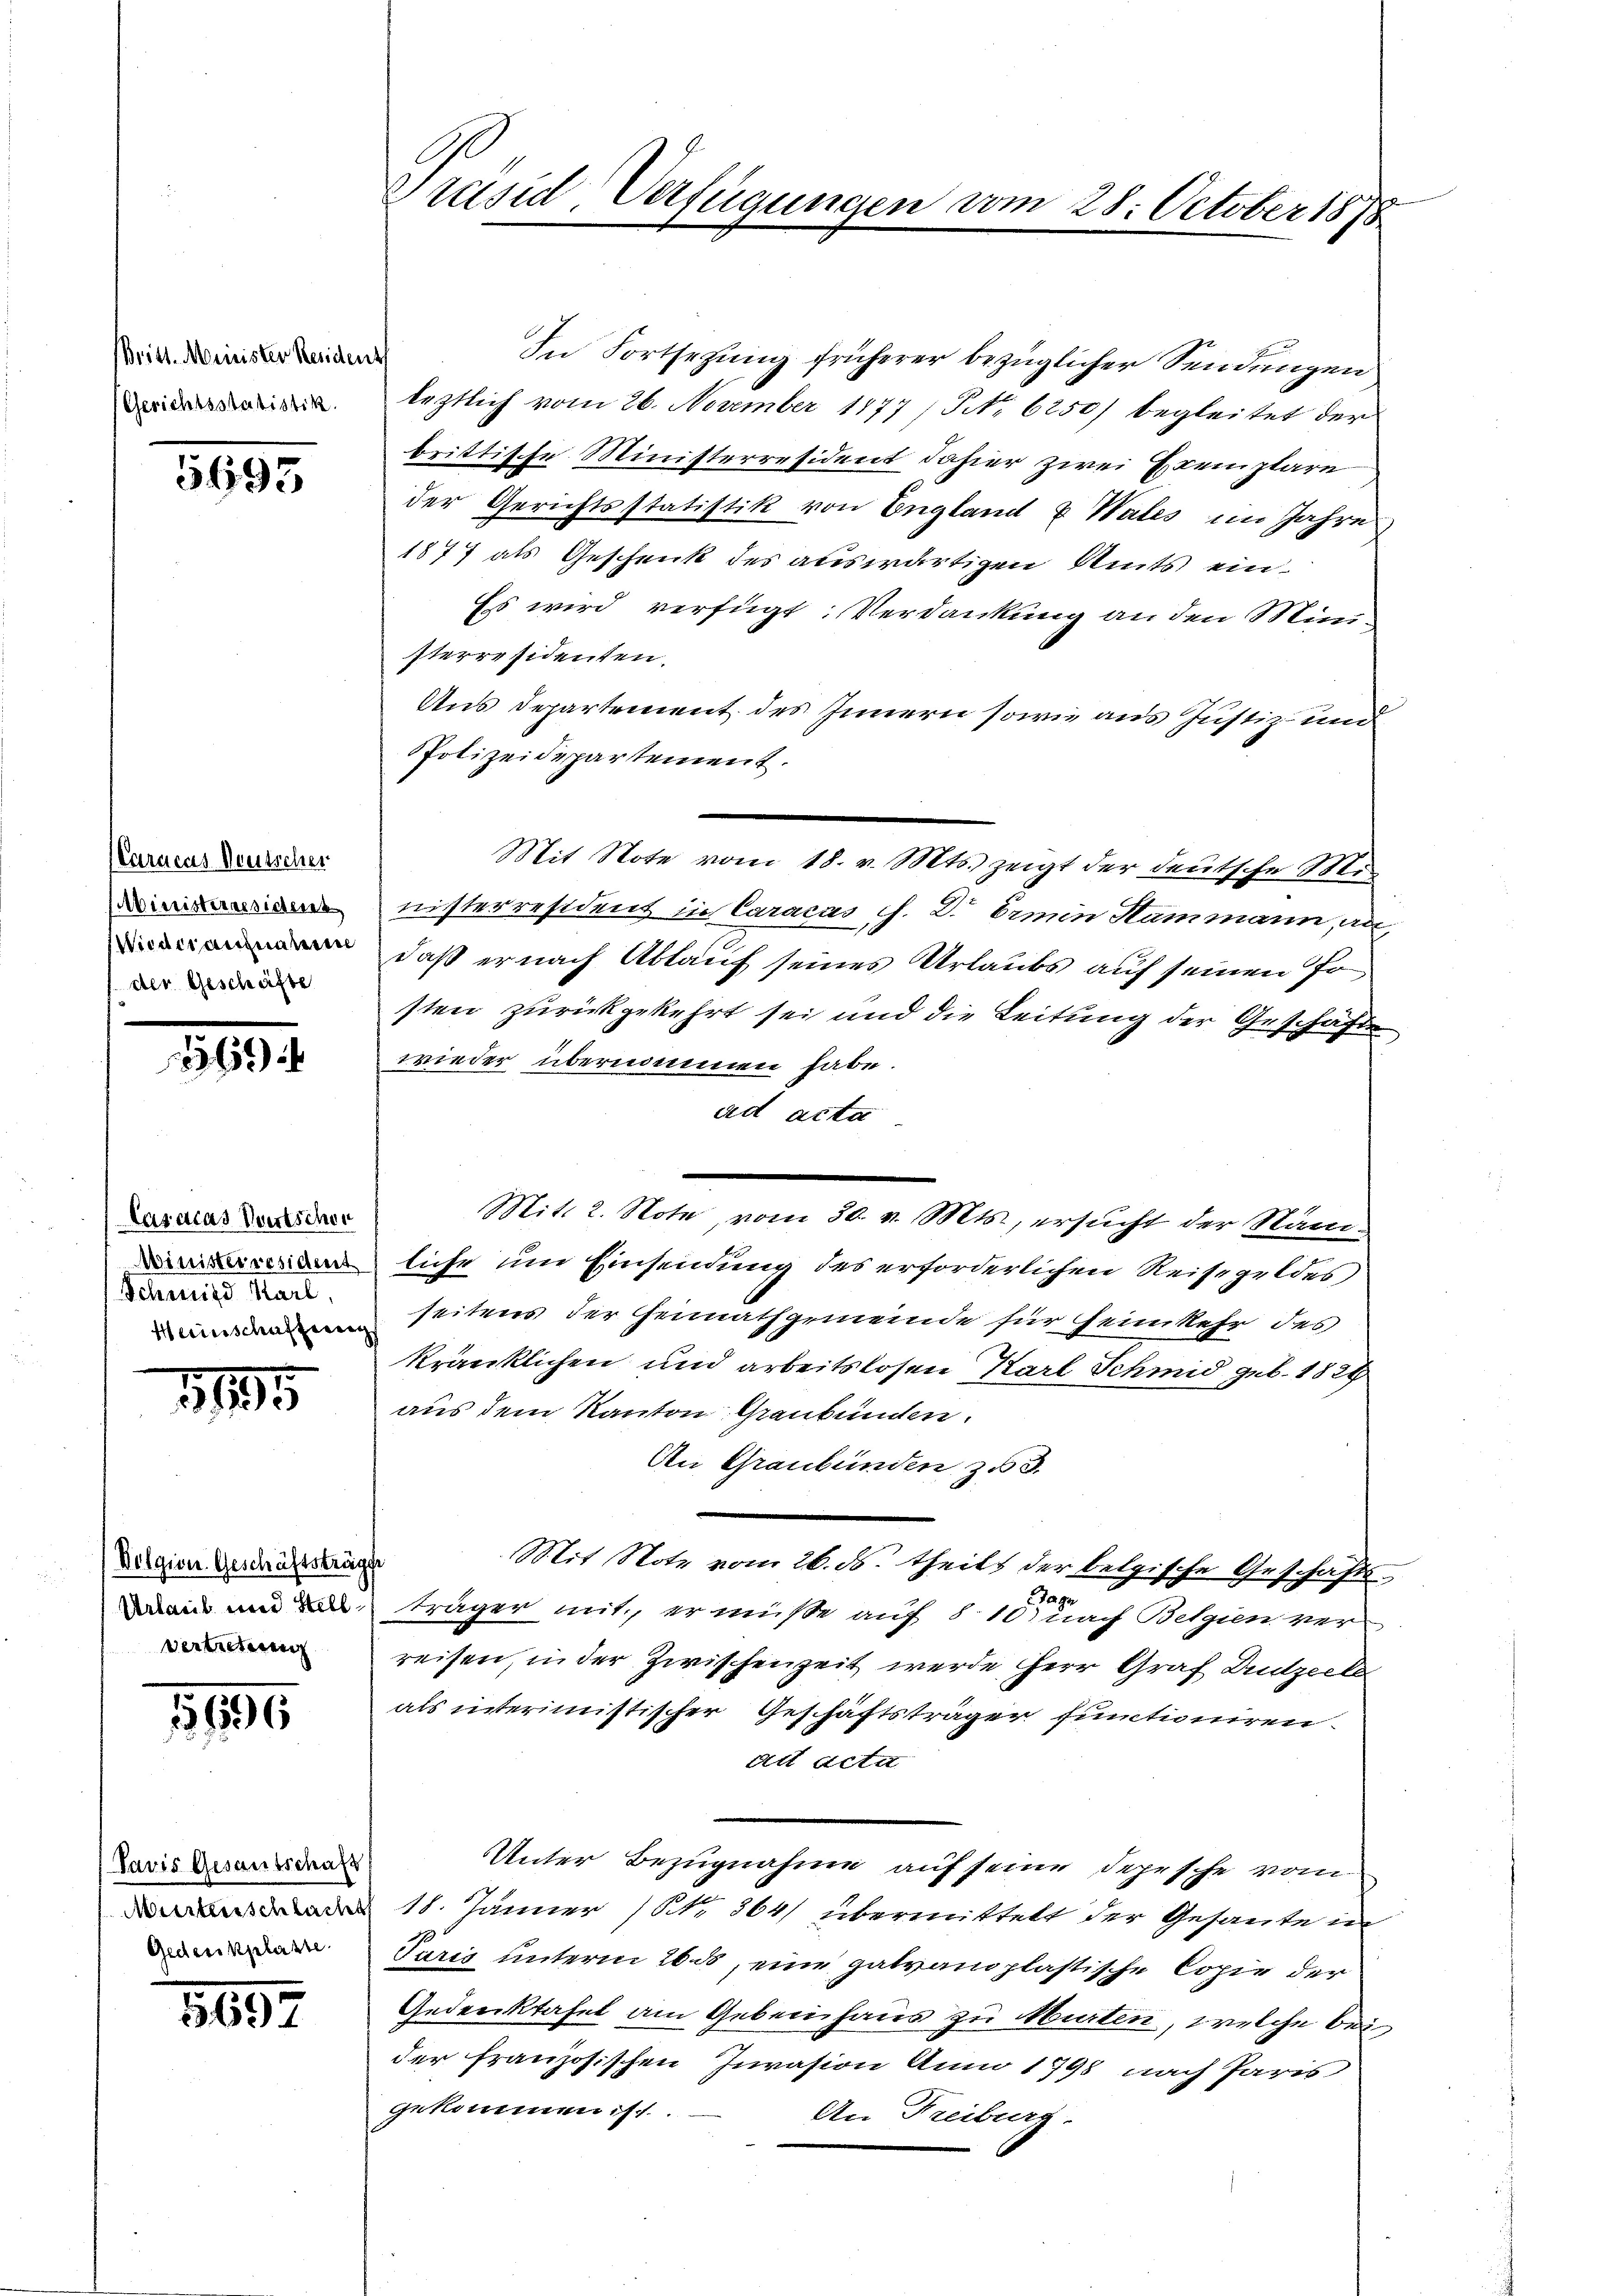
Britt. Minister Resident
Gerichtsstatistik.

5693

Caracas Deutscher
Ministernesichenes
Wiederaufnamen
 der Geschäfte

Casacas Wertscher
Schmid Karl,

1195

Belgien Geschäftsträger
Vertretung

1195

Pavis Gesantschaft
Gedenkplaste

1697

In Fortsetzung früherer bezüglicher Sendungen
leztlich vom 26. November 1877 / No. 6250) begleitet der
brittische Ministerresident dahier zwei Exemplare
der Gerichtsstatistik von England & Wates im Jahre
1877 als Geschenk des auswärtigen Amts ein¬
Es wird verfügt: Verdankung an den Ministerresidenten.
Aus Departement des Innern sowie aus Justiz- und
Polizeidepartement.
Mit Note vom 18. v. Mts. zeigt der deutsche Ministerresident in Caracas h. D. Irmin Hammann, an
daß er nach Ablauf seines Urlaubs auf seinen Jo
sten zurückgekehrt sei und die Leitung der Geschäfte
wieder übernommen habe.
ad acta
Mit. 2. Note, vom 30. v. Mts., ersucht der Nam
liche im Einsendung des erforderlichen Reisegeldes
 seitens der Heimathgemeinde für seimkehr des
kränklichen und arbeitslosen Karl Schmid geb. 1828
aus dem Kanton Graubünden.
An Graubünden zu 3.
Mit Note vom 26. ds. theils der belgische Geschäfts¬
Jagn
ain und träger mit, er müße auf § 10 nach Bezien ver-
reisen, in der Zwischenzeit werde Herr Graf Dutzeite
als interimistischer Geschäftsträger functioniren.
Alt Acta
Unter Bezugnahme auf seine Depesche vom
11. Jänner (NNo. 364/ übermittelt der Gesante in
Paris unterm 20. ds, eine gatvanoplastische Copie der
Gedenktafel am Gebenhaus zu Murten, welche beider französischen Invasion Anno 1798 nach Paris
gekommen ist.
An Freiburg.

Präsid. Verfügungen vom 28. October 1878